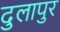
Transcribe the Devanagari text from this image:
दुलापुर